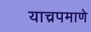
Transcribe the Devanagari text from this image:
याच्रपमाणे